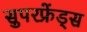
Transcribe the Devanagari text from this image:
सुपरफ्रेंड्स